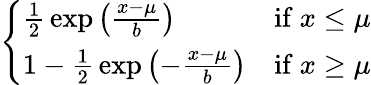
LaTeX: \left\{ \begin{array}{ll}{{\frac{1}{2}}\exp\left({\frac{x-\mu}{b}}\right)}&{{\mathrm{if~}}x\leq\mu}\\ {1-{\frac{1}{2}}\exp\left(-{\frac{x-\mu}{b}}\right)}&{{\mathrm{if~}}x\geq\mu}\end{array}\right.